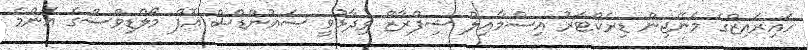
ހައިރައިޒްގެ މެނޭޖިން ޑިރެކްޓަރު އިސްމާއިލް ޝިފްރާޒް ވިދާޅުވީ ސައުންޑްސް އޮފް މޯލްޑިވްސްގެ އެންމެ